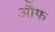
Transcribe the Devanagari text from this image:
ऑॅफ